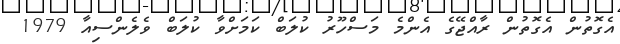
އެގޮތުން އެގޮތުން ރާއްޖޭގެ އެންމެ މަސްހޫރު ކުލަބް ކަމަށްވާ ކުލަބް ވެލެންސިއާ 1979